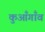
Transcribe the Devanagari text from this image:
कुआँगाँव